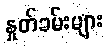
နှုတ်ခမ်းများ